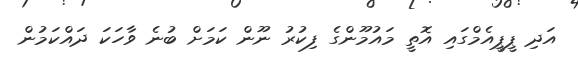
އަދި ޕީޕީއެމްގައި އޮތީ މައުމޫންގެ ފިކުރު ނޫން ކަމަށް ބުނެ ވާހަކަ ދައްކަމުން